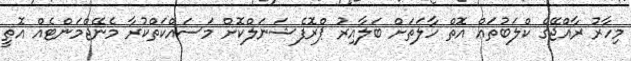
މިހާރު ރާއްޖޭގެ ކްލަބުތައް އޮތް ހާލަތަށް ބަލާއިރު ޕްރޮފެޝަނަލްކޮށް މަސައްކަތްކުރާ މެނޭޖްމަންޓެއް އޮތީ